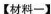
【材料一】